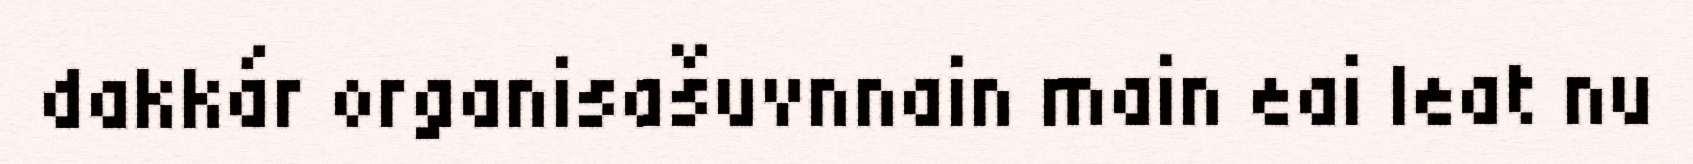
dakkár organisašuvnnain main eai leat nu